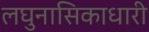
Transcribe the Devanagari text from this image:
लघुनासिकाधारी